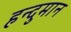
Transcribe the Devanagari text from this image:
हन्दुमान